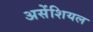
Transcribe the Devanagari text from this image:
असेंशियल